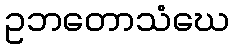
ဥဘတောသံဃေ